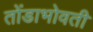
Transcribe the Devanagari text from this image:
तोंडाभोवती